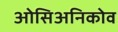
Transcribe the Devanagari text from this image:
ओसिअनिकोव